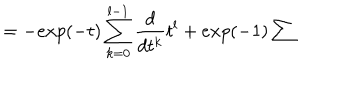
= - e x p ( - t ) \sum _ { k = 0 } ^ { l - 1 } \frac { d } { d t ^ { k } } t ^ { l } + e x p ( - 1 ) \sum